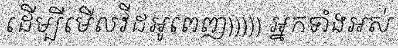
ដើម្បីមើលវីដអូពេញ))))) អ្នកទាំងអស់